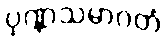
ပုဏ္ဏသမာဂတံ